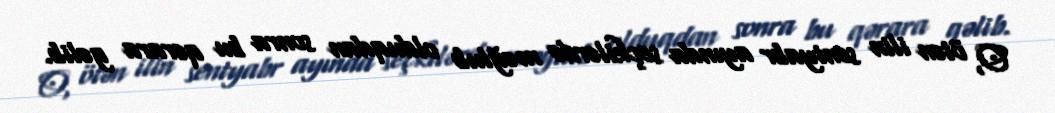
O, ötən ilin sentyabr ayında seçkilərdə məğlub olduqdan sonra bu qərara gəlib.